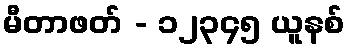
မီတာဖတ် - ၁၂၃၄၅ ယူနစ်